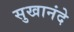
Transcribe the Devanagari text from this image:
सुखानंदे